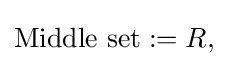
{\text{Middle set}}:=R,\;